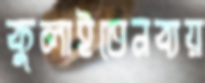
কুলাইতেনব্যয়